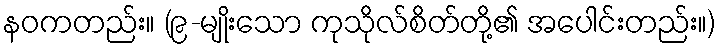
နဝကတည်း။ (၉-မျိုးသော ကုသိုလ်စိတ်တို့၏ အပေါင်းတည်း။)